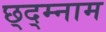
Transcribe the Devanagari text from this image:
छ्द्म्नाम